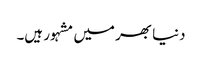
دنیا بھر میں مشہور ہیں۔